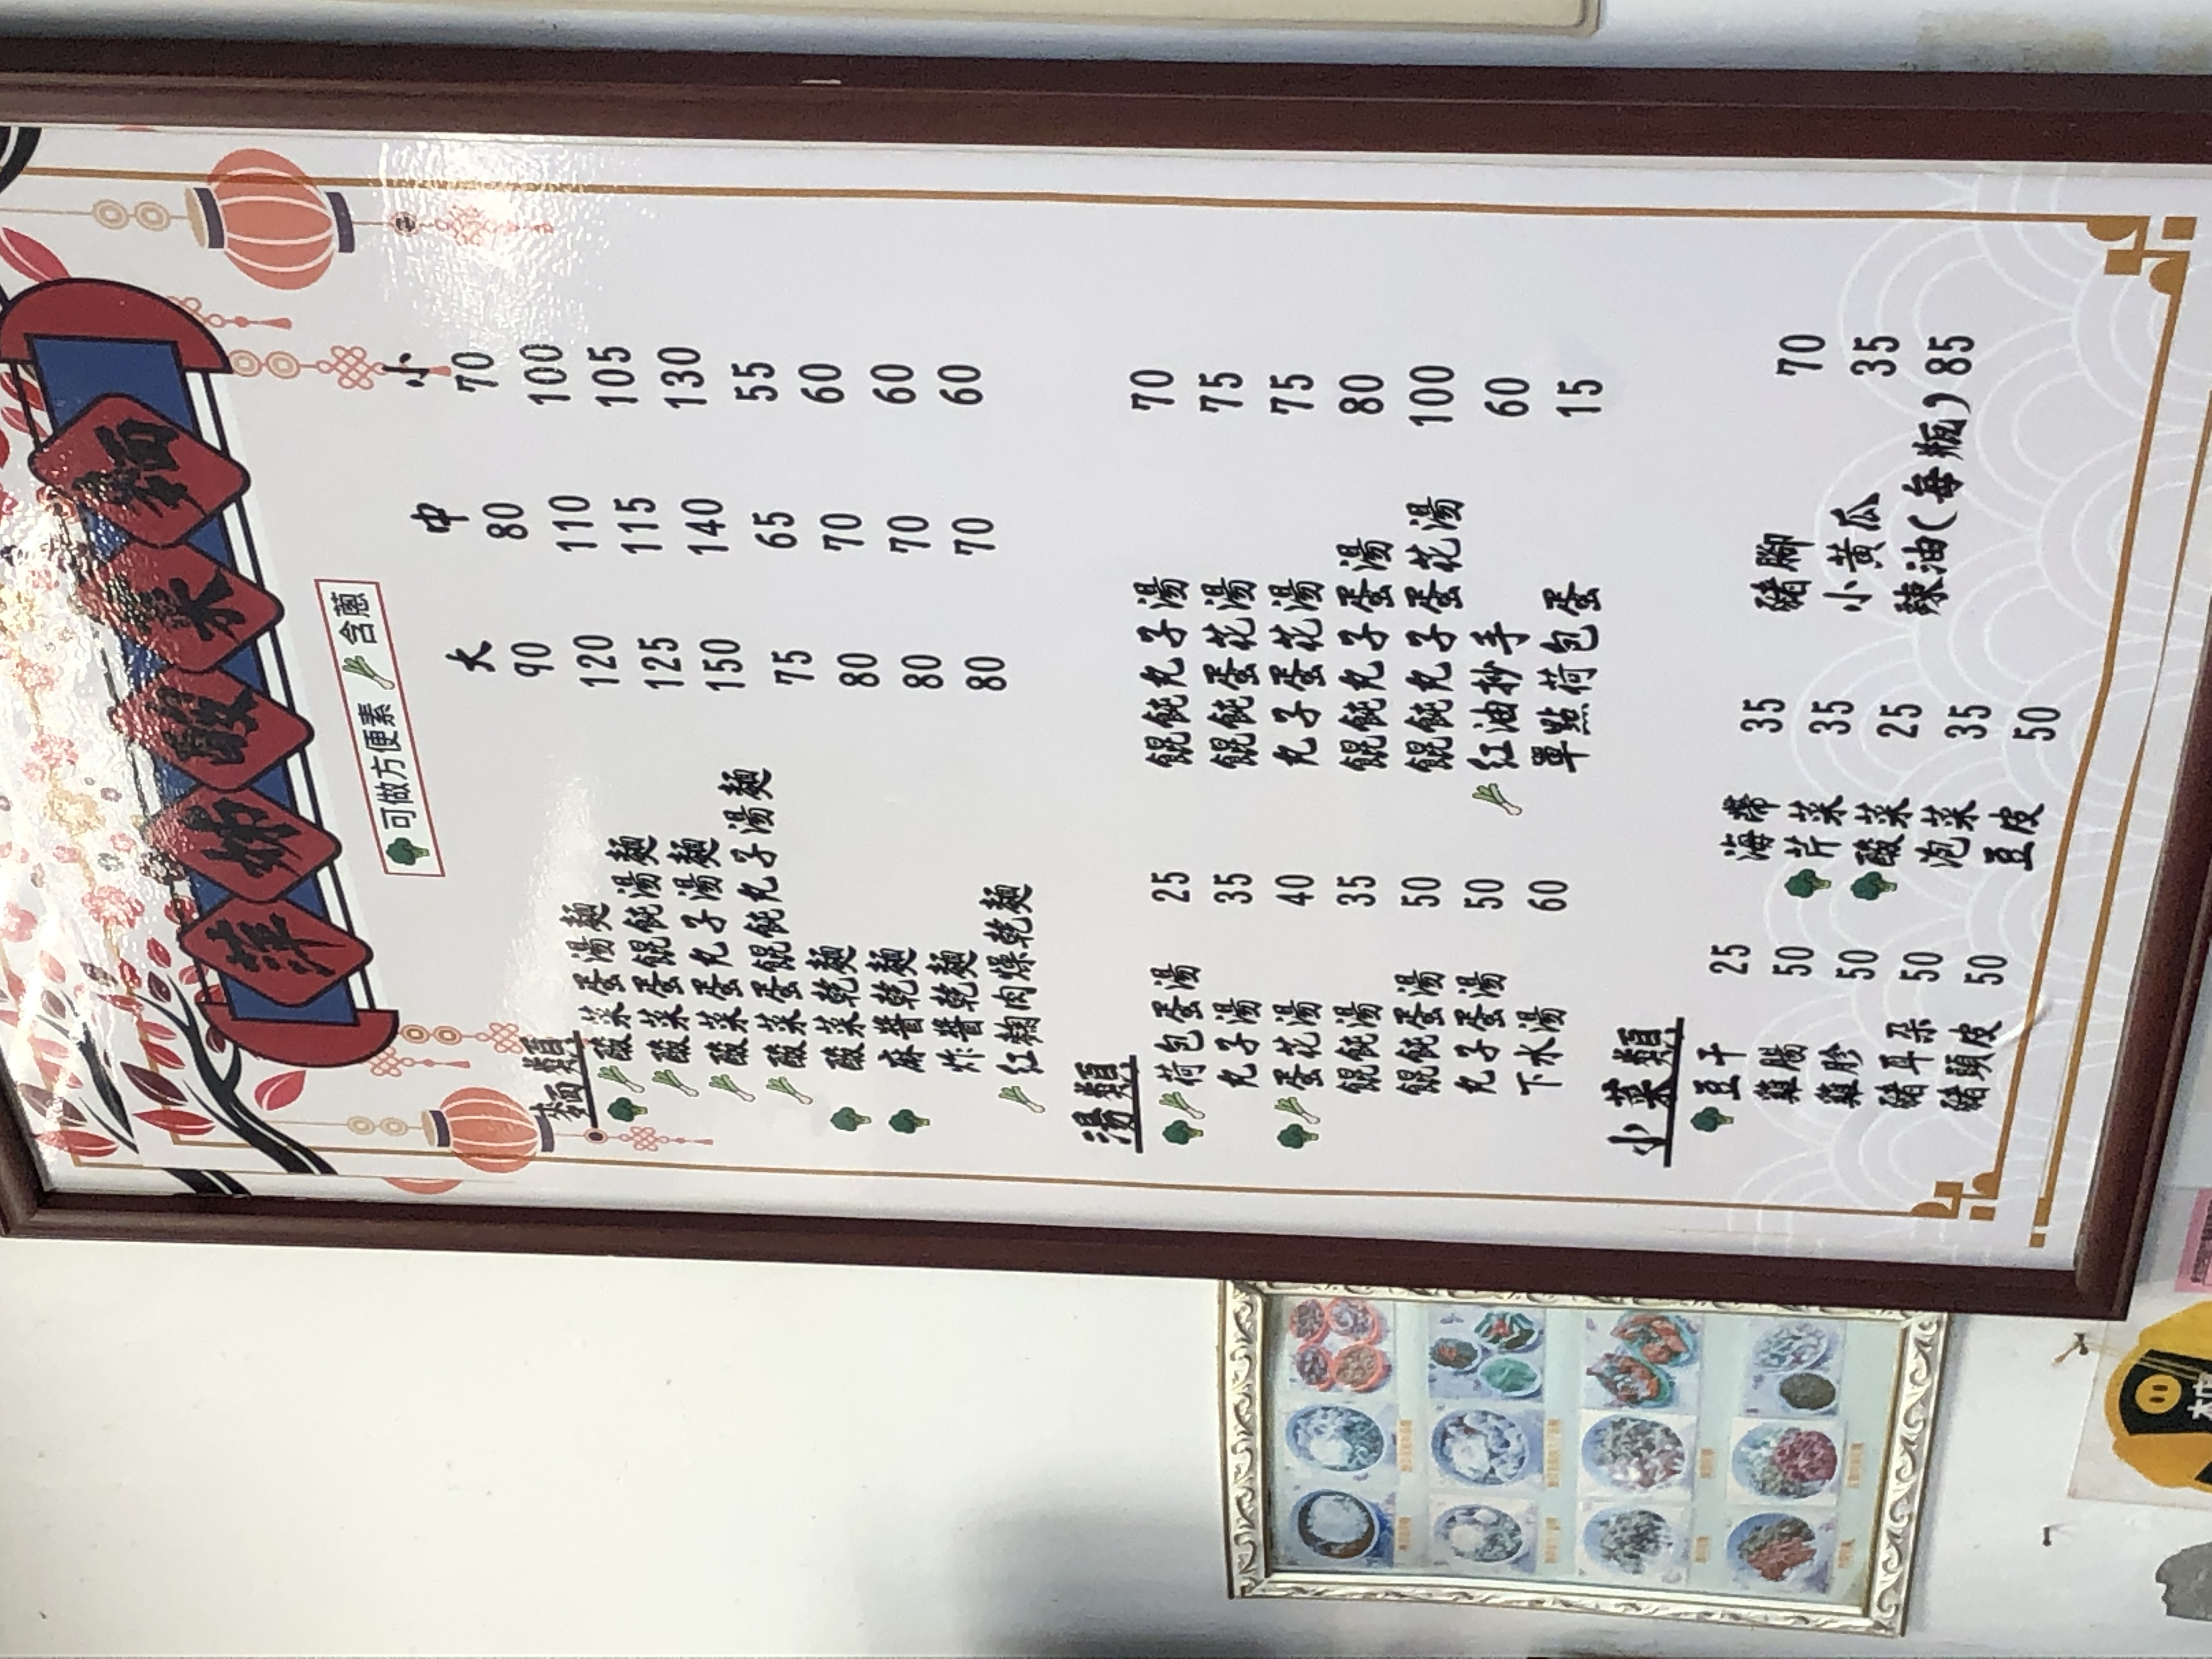
菜單：
name: 酸菜麵 (小)
price: 70
name: 酸菜麵 (中)
price: 80
name: 酸菜麵 (大)
price: 90
name: 酸菜蛋麵 (小)
price: 100
name: 酸菜蛋麵 (中)
price: 110
name: 酸菜蛋麵 (大)
price: 120
name: 酸菜蛋餛飩麵 (小)
price: 105
name: 酸菜蛋餛飩麵 (中)
price: 115
name: 酸菜蛋餛飩麵 (大)
price: 125
name: 酸菜蛋餛飩丸子湯麵 (小)
price: 130
name: 酸菜蛋餛飩丸子湯麵 (中)
price: 140
name: 酸菜蛋餛飩丸子湯麵 (大)
price: 150
name: 麻婆麵 (小)
price: 55
name: 麻婆麵 (中)
price: 65
name: 麻婆麵 (大)
price: 75
name: 炸醬麵 (小)
price: 60
name: 炸醬麵 (中)
price: 70
name: 炸醬麵 (大)
price: 80
name: 什錦麵 (小)
price: 60
name: 什錦麵 (中)
price: 70
name: 什錦麵 (大)
price: 80
name: 紅油抄手麵 (小)
price: 60
name: 紅油抄手麵 (中)
price: 70
name: 紅油抄手麵 (大)
price: 80
name: 荷包蛋湯
price: 25
name: 丸子湯
price: 35
name: 蛋花湯
price: 40
name: 餛飩湯
price: 35
name: 餛飩蛋湯
price: 50
name: 餛飩丸子湯
price: 50
name: 下水湯
price: 60
name: 酸菜餛飩湯
price: 70
name: 餛飩丸子湯
price: 75
name: 餛飩蛋花湯
price: 75
name: 餛飩蛋丸子湯
price: 80
name: 紅油抄手湯
price: 100
name: 單點荷包蛋
price: 15
name: 豆干
price: 25
name: 豬腳
price: 50
name: 豬耳絲
price: 50
name: 豬頭皮
price: 50
name: 豬腱
price: 50
name: 海帶絲
price: 35
name: 小黃瓜
price: 35
name: 泡菜
price: 25
name: 豆皮
price: 35
name: 辣油 (每瓶)
price: 85